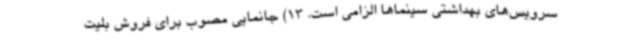
سرویس‌های بهداشتی سینماها الزامی است. 13) جانمایی مصوب برای فروش بلیت